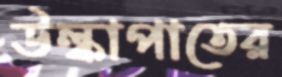
উল্কাপাতের